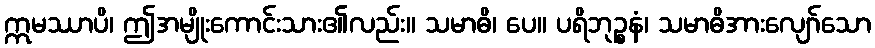
ဣမဿာပိ၊ ဤအမျိုးကောင်းသား၏လည်း။ သမာဓိ၊ ပေ။ ပရိဘုဉ္စနံ၊ သမာဓိအားလျော်သော